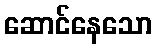
ဆောင်နေသော